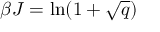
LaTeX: \beta J = \ln ( 1 + { \sqrt { q } } )